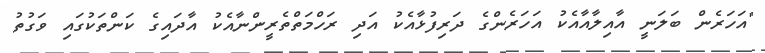
"އަހަރެން ބަލަނީ އާއިލާއާއެކު އަހަރެންގެ ދަރިފުޅާއެކު އަދި ރަހްމަތްތެރީންނާއެކު އާދައިގެ ކަންތަކުގައި ވަގުތު